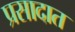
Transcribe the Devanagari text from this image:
प्रसादात